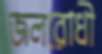
জলরোধী